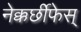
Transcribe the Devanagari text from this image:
नेक्कर्छीफेस्